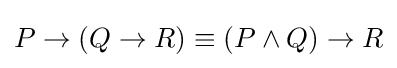
P\to (Q\to R)\equiv (P\land Q)\to R